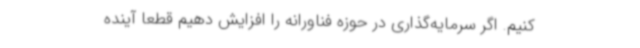
کنیم. اگر سرمایه‌گذاری در حوزه فناورانه را افزایش دهیم قطعا آینده